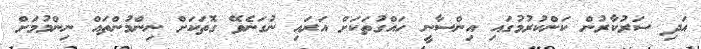
އަދި ސަރުކާރުން ކަންކުރުމުގައި އިންސާނީ ހައްގުތަކަށް އަރައި ނުގަނެވޭ ގޮތަކަށް ނިންމުންތައް ނިންމުމަށް